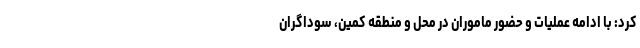
کرد: با ادامه عملیات و حضور ماموران در محل و منطقه کمین، سوداگران